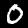
Digit: 0